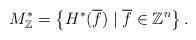
LaTeX: \begin{align*}M_{\mathbb{Z}}^{*}=\left\{H^{*}(\overline{f}) \mid \overline{f} \in \mathbb{Z}^{n}\right\} .\end{align*}